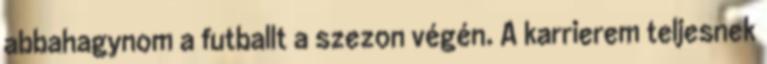
abbahagynom a futballt a szezon végén. A karrierem teljesnek